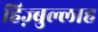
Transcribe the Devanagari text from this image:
हिज़्बुल्लाह